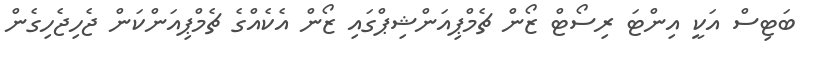
ބަޓިސް އަކީ އިންޓަ ރިސޯޓް ޒޯން ޗެމްޕިއަންޝިޕްގައި ޒޯން އެކެއްގެ ޗެމްޕިއަންކަން ޖެހިޖެހިގެން